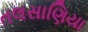
તલસાણિયા